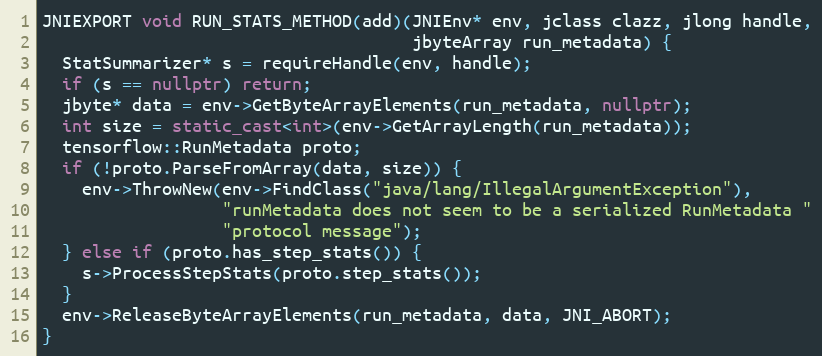
Language: C++
JNIEXPORT void RUN_STATS_METHOD(add)(JNIEnv* env, jclass clazz, jlong handle,
                                     jbyteArray run_metadata) {
  StatSummarizer* s = requireHandle(env, handle);
  if (s == nullptr) return;
  jbyte* data = env->GetByteArrayElements(run_metadata, nullptr);
  int size = static_cast<int>(env->GetArrayLength(run_metadata));
  tensorflow::RunMetadata proto;
  if (!proto.ParseFromArray(data, size)) {
    env->ThrowNew(env->FindClass("java/lang/IllegalArgumentException"),
                  "runMetadata does not seem to be a serialized RunMetadata "
                  "protocol message");
  } else if (proto.has_step_stats()) {
    s->ProcessStepStats(proto.step_stats());
  }
  env->ReleaseByteArrayElements(run_metadata, data, JNI_ABORT);
}